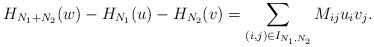
LaTeX: \begin{align*} H_{N_1+N_2}(w) - H_{N_1}(u) - H_{N_2} (v) = \sum_{(i,j) \in I_{N_1,N_2}} M_{ij} u_i v_j.\end{align*}